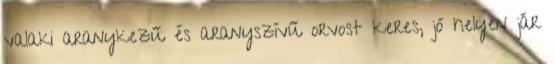
valaki aranykezű és aranyszívű orvost keres, jó helyen jár